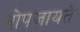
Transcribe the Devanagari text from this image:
नोपजायते